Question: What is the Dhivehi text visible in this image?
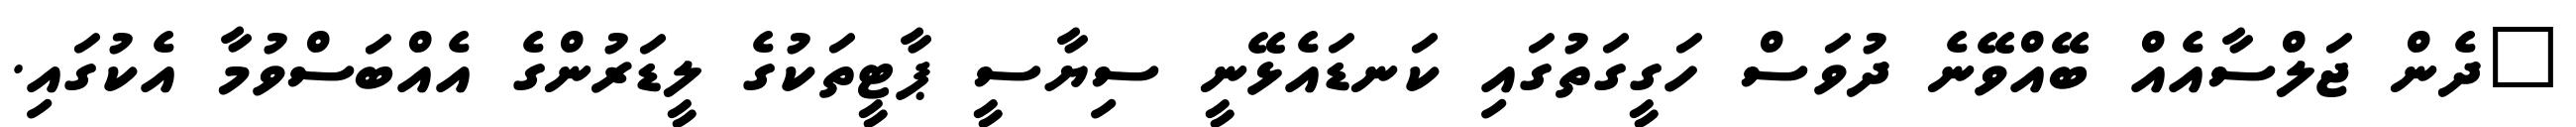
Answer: "ދެން ޖަލްސާއެއް ބޭއްވޭނެ ދުވަސް ހަގީގަތުގައި ކަނޑައެޅޭނީ ސިޔާސީ ޕާޓީތަކުގެ ލީޑަރުންގެ އެއްބަސްވުމާ އެކުގައި.